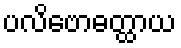
ပလိဗောဓတ္ထာယ